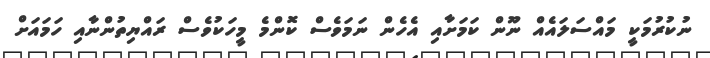
ނުކުރުމަކީ މައްސަލައެއް ނޫން ކަމަށާއި އެހެން ނަމަވެސް ކޮންމެ މީހަކުވެސް ރައްޔިތުންނާއި ހަމައަށް